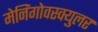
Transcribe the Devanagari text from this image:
मेनिंगोवस्क्युलर